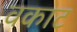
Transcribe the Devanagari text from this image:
वकाट